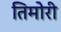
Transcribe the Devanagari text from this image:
तिमोरी